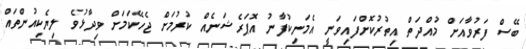
ބޭސް ފަރުވާއަށް މުއްދަތް އިތުރުކޮށްފައިވަނީ އެމަނިކުފާނު އޮޕަރެޝަނެއް ކުރުމަށް ޖެހޭކަމަށް ވިދާޅުވެ ލިޔެކިއުންތައް